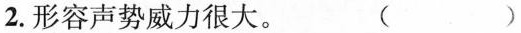
2.形容声势威力很大。 （）